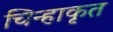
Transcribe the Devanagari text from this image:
चिन्हाकृत